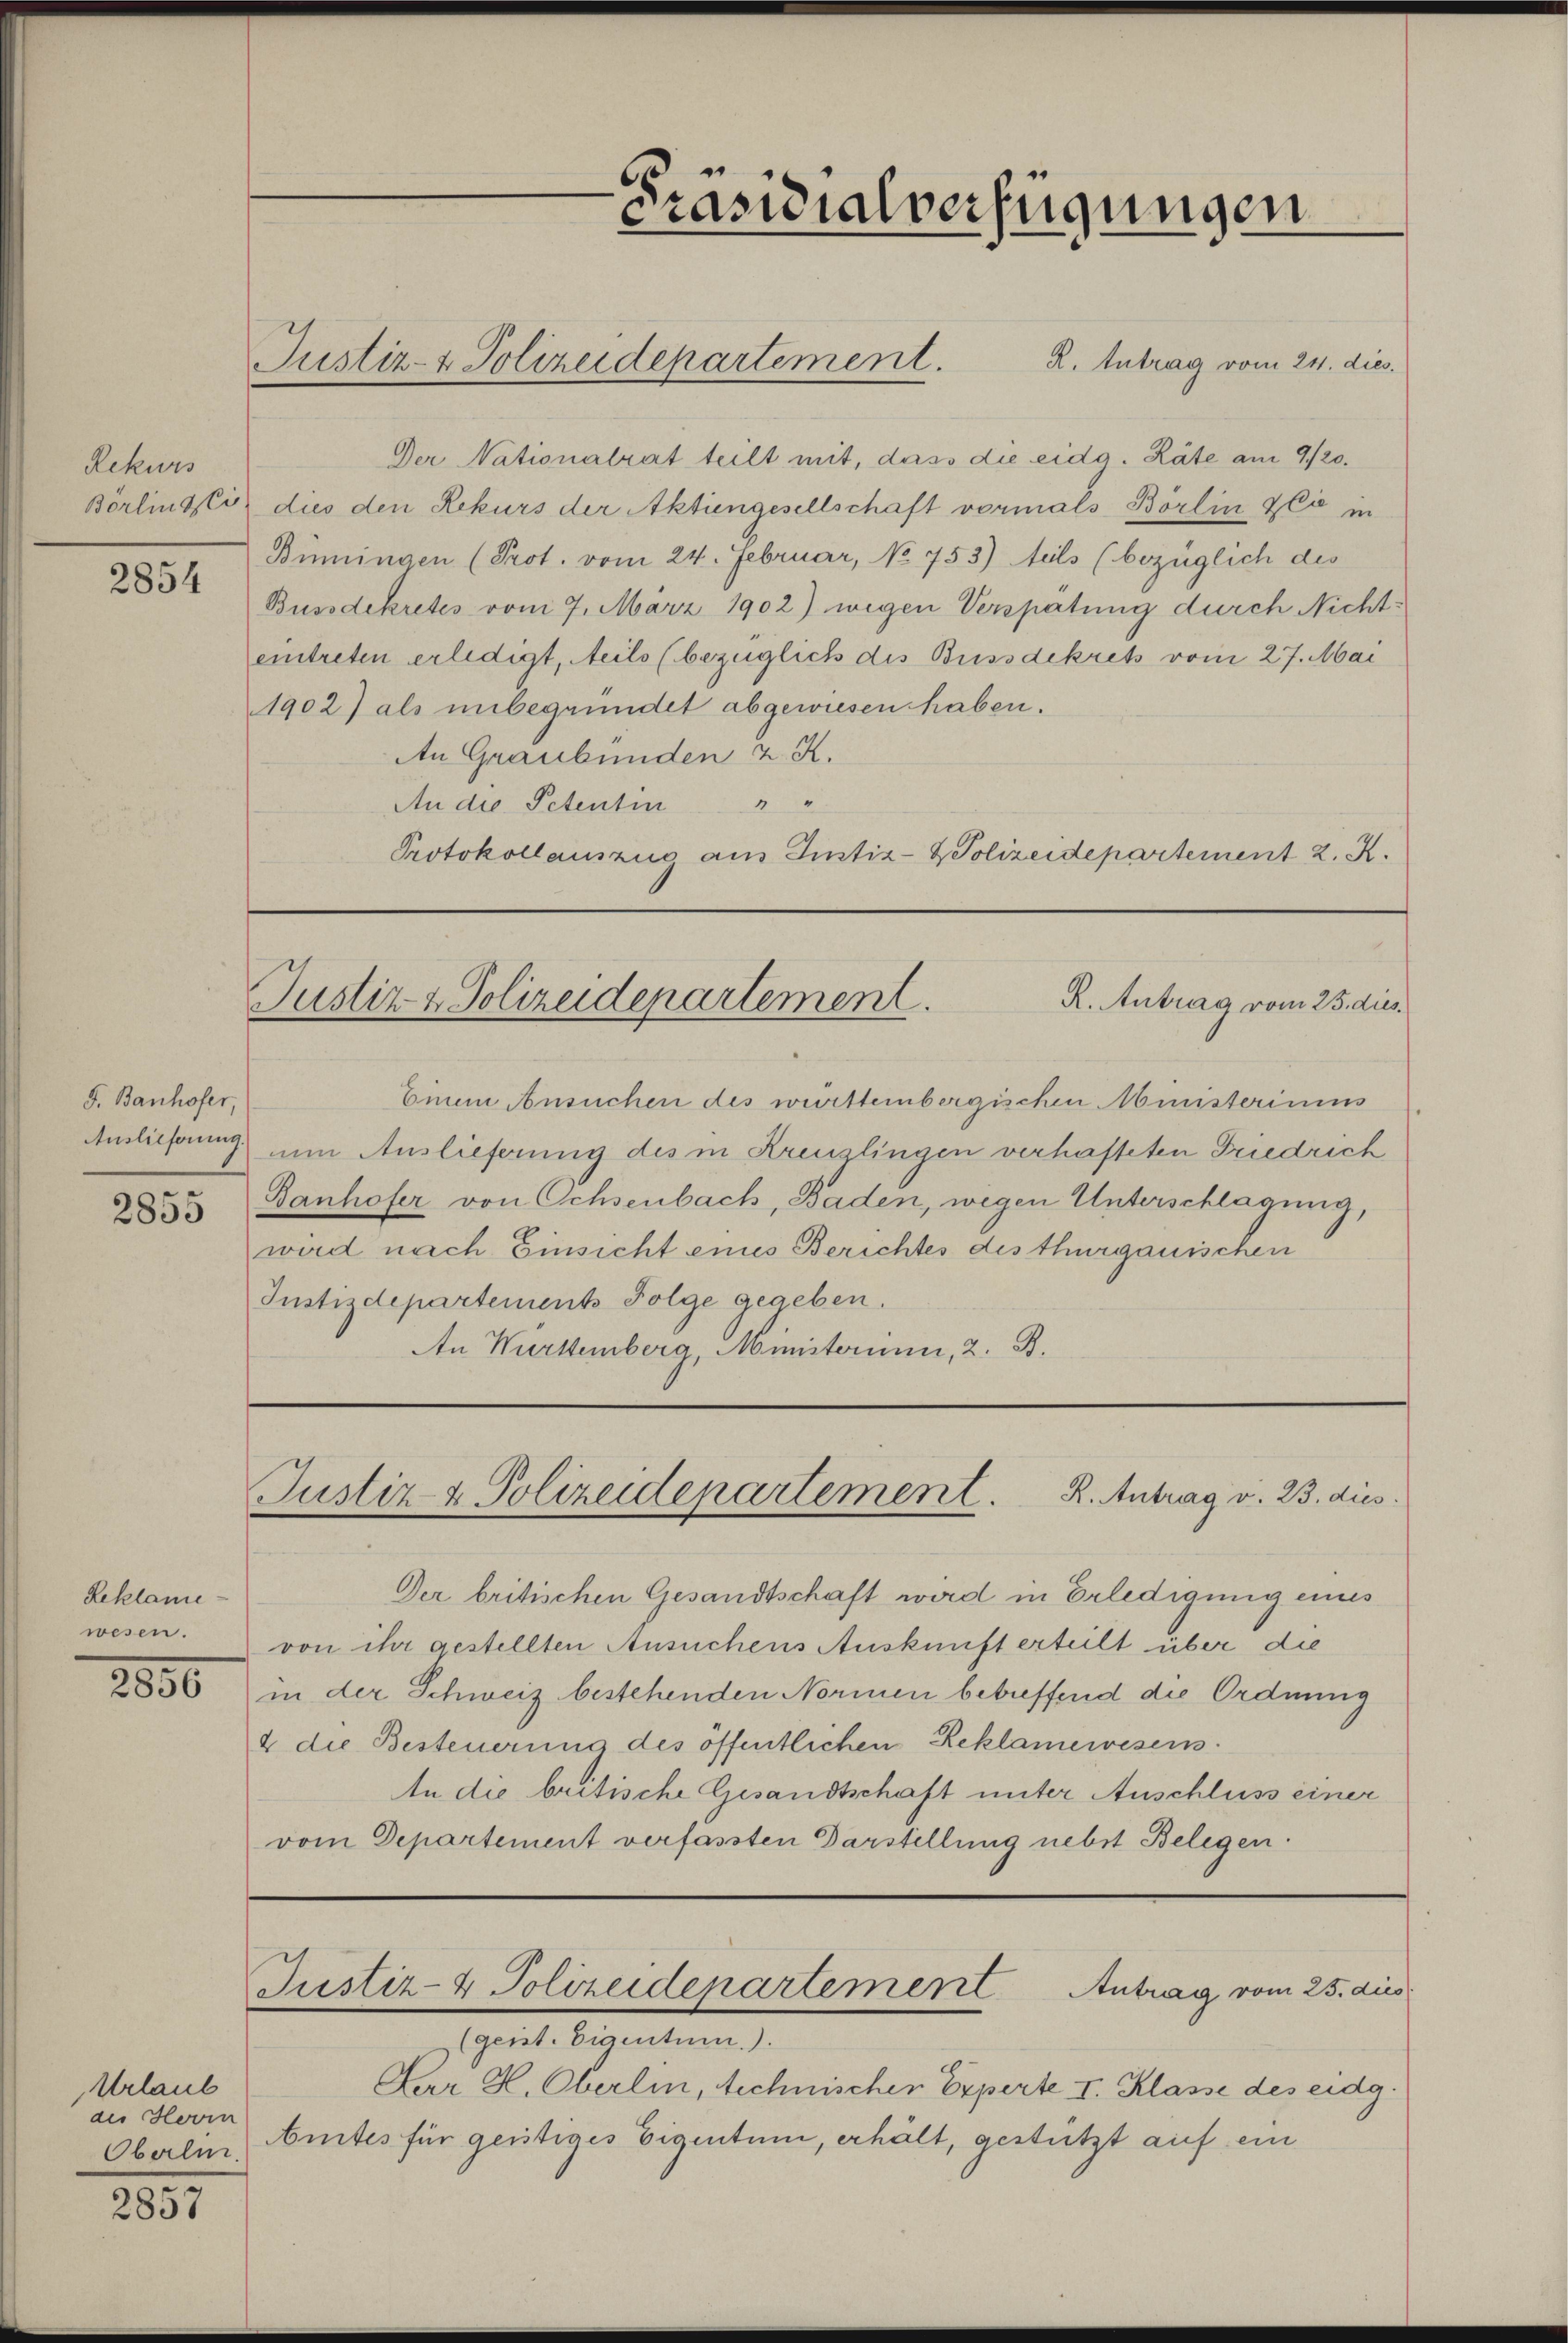
Rekurs
Börlings ci

2854

F. Banhofer,
Auslieferung.
2855

Reklame-
wesen.

2850

Urlaub
des Hovin
Oberli.

2857

Präsidialverfügungen

Justiz- & Polizeidepartement. K. Antrag vom 24. dies

Einem Ansuchen des württembergischen Ministeriums
um Auslieferung des in Kreuzlingen verhafteten Friedrich
Banhofer von Ochsenbach, Baden, wegen Unterschlagung,
wird nach Einsicht eines Berichtes des thurgauischen
Justizdepartements Folge gegeben.
An Württemberg, Ministerium, 2. B.

R. Antrag vom 25. dies
Justiz- & Polizeidepartement.

Justiz & Polizeidepartement. R. Antrag v. 23. dies

Der britischen Gesandtschaft wird in Erledigung eines
von ihr gestellten Ansuchens Auskunft erteilt über die
in der Schweiz bestehenden Normen betreffend die Ordnung
2 die Besteuerung des öffentlichen Reklamewesens
An die britische Gesandtschaft unter Anschluss einer
vom Departement verfassten Darstellung nebst Belegen.

Justiz- & Polizeidepartement Antrag vom 25. dies

Der Nationalrat teilt mit, dass die eidg. Räte am 9/20.
dies den Rekurs der Aktiengesellschaft vormals Börlin zli in
Bünningen (Prot. vom 24. Februar, No 753) fels (bezüglich des
Bussdekretes vom 7. März 1902) wegen Verspätung durch Nichteintreten erledigt, teils (bezüglich des Bussdekrets vom 27. Mai
1902) als unbegründet abgewiesen haben.
An Graubünden z. K.
An die Petentin " "
Protokollauszug aus Justiz- & Polizeidepartement 2. K.

(geist. Eigentum.).
Par H. Oberlin, technischen Experte I. Klasse des eidg.
Amtes für geistiges Eigentum, erhält, gestützt auf ein